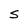
Character: S